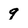
Character: 9